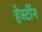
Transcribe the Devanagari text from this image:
हेस्टींन